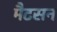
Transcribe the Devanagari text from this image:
मैटसन